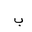
Letter: _ba